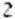
2